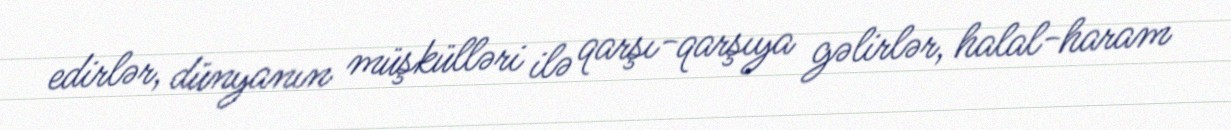
edirlər, dünyanın müşkülləri ilə qarşı-qarşıya gəlirlər, halal-haram